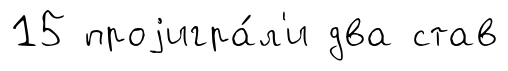
15 проjигра́л'и два став